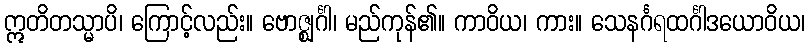
ဣတိတသ္မာပိ၊ ကြောင့်လည်း။ ဗောဇ္ဈင်္ဂါ၊ မည်ကုန်၏။ ကာဝိယ၊ ကား။ သေနင်္ဂရထင်္ဂါဒယောဝိယ၊